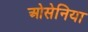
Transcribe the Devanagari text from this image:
ओसेनिया